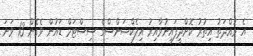
އެ މުއްދަތު އިތުރު ކޮށްދީފައިނުވާއިރު އިލެކްޝަންސްގެ ސިސްޓަމް ޑައުން ވެގެން 13 ވަނަ